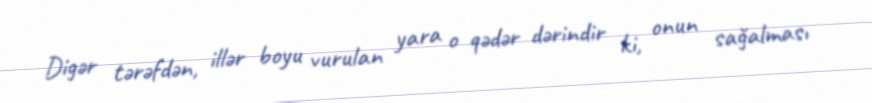
Digər tərəfdən, illər boyu vurulan yara o qədər dərindir ki, onun sağalması